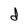
Character: d